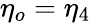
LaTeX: \eta_{o}=\eta_{4}